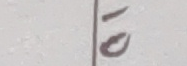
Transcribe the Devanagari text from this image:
१०